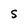
Character: S